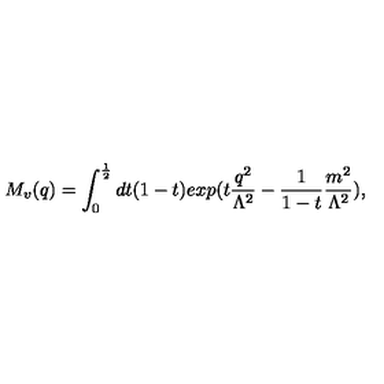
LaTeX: M _ { v } ( q ) = \int _ { 0 } ^ { \frac { 1 } { 2 } } d t ( 1 - t ) e x p ( t \frac { q ^ { 2 } } { \Lambda ^ { 2 } } - \frac { 1 } { 1 - t } \frac { m ^ { 2 } } { \Lambda ^ { 2 } } ) ,